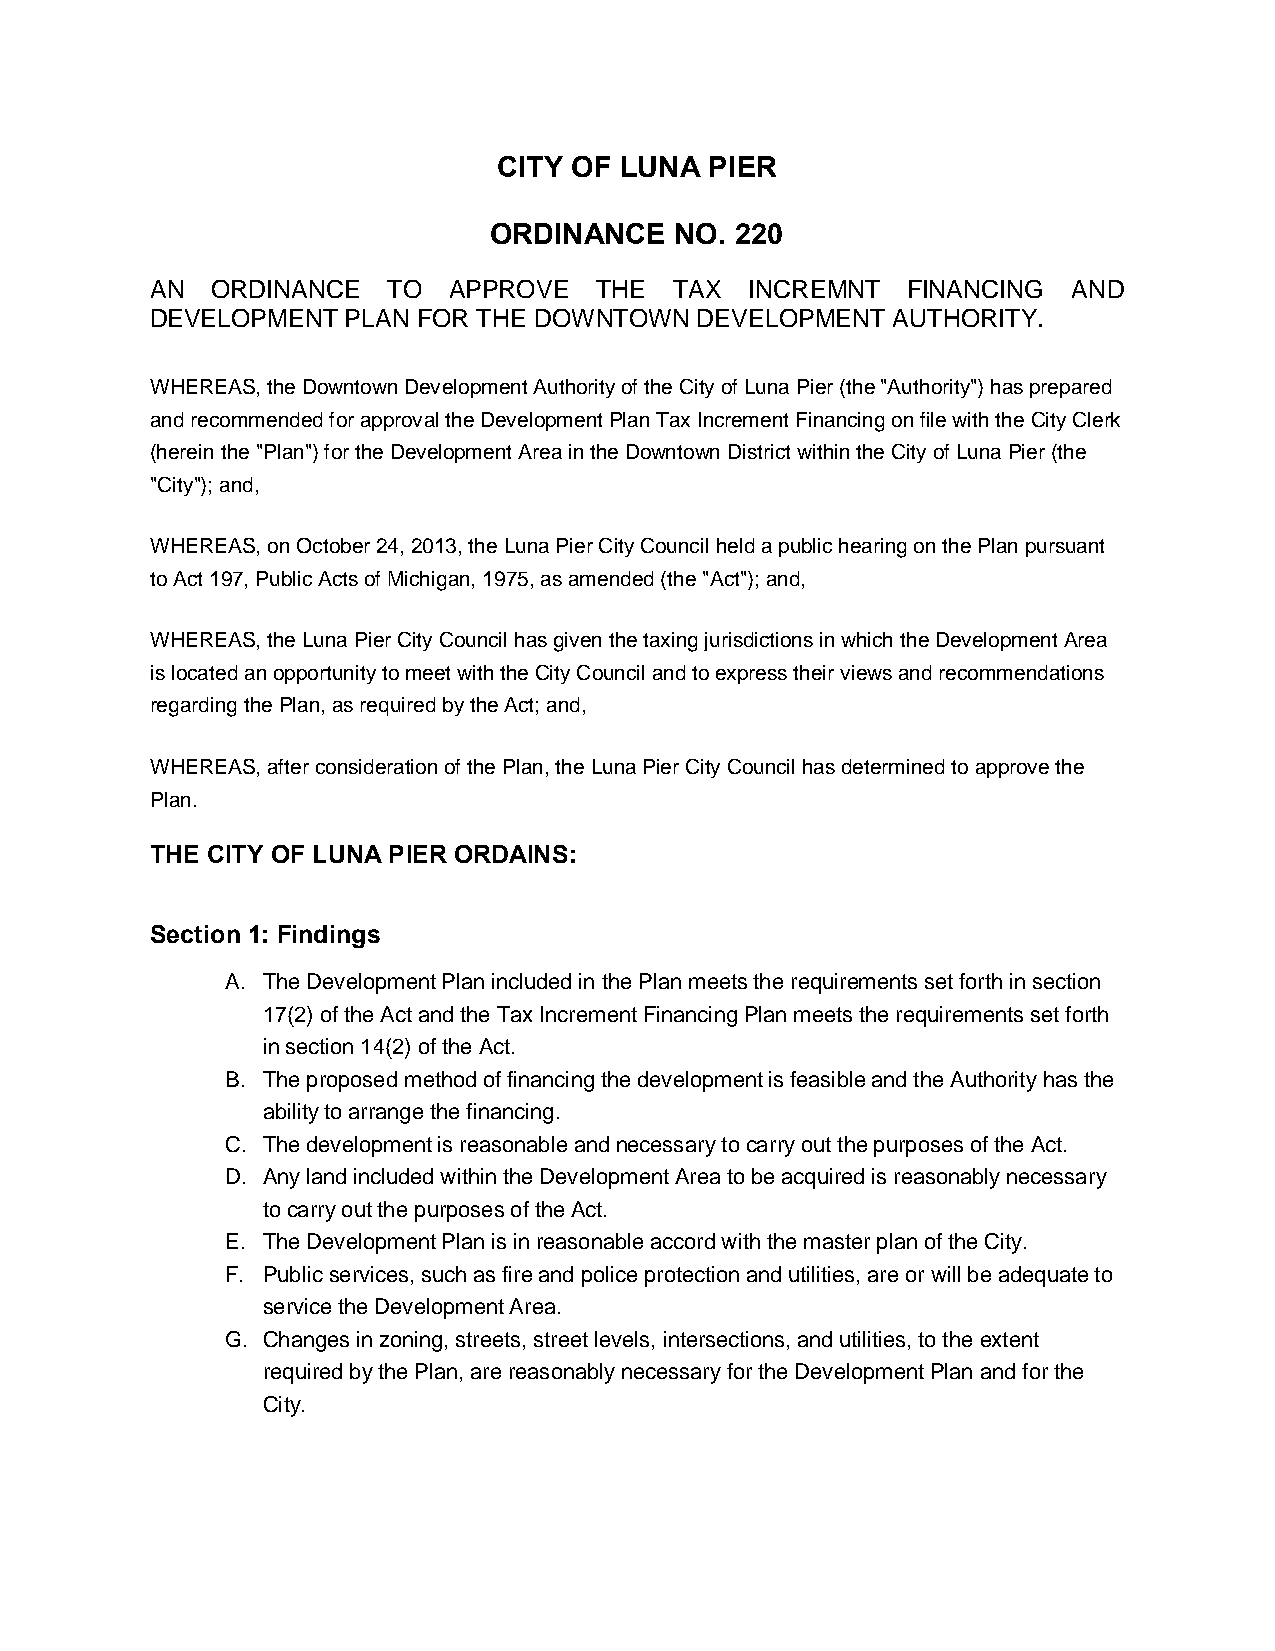
CITY OF LUNA  PIER
 ORDINANCE    NO. 220
 AN  ORDINANCE   TO  APPROVE  THE   TAX  INCREMNT  FINANCING  AND
 DEVELOPMENT  PLAN FOR THE DOWNTOWN  DEVELOPMENT  AUTHORITY.
 WHEREAS, the Downtown Development Authority of the City of Luna Pier (the "Authority") has prepared
 and recommended for approval the Development Plan Tax Increment Financing on file with the City Clerk
 (herein the "Plan") for the Development Area in the Downtown District within the City of Luna Pier (the
 "City"); and,
 WHEREAS, on October 24, 2013, the Luna Pier City Council held a public hearing on the Plan pursuant
 to Act 197, Public Acts of Michigan, 1975, as amended (the "Act"); and,
 WHEREAS, the Luna Pier City Council has given the taxing jurisdictions in which the Development Area
 is located an opportunity to meet with the City Council and to express their views and recommendations
 regarding the Plan, as required by the Act; and,
 WHEREAS, after consideration of the Plan, the Luna Pier City Council has determined to approve the
 Plan.
 THE CITY OF LUNA PIER ORDAINS:
 Section 1: Findings
 A. The Development Plan included in the Plan meets the requirements set forth in section
 17(2) of the Act and the Tax Increment Financing Plan meets the requirements set forth
 in section 14(2) of the Act.
 B. The proposed method of financing the development is feasible and the Authority has the
 ability to arrange the financing.
 C. The development is reasonable and necessary to carry out the purposes of the Act.
 D. Any land included within the Development Area to be acquired is reasonably necessary
 to carry out the purposes of the Act.
 E. The Development Plan is in reasonable accord with the master plan of the City.
 F. Public services, such as fire and police protection and utilities, are or will be adequate to
 service the Development Area.
 G. Changes in zoning, streets, street levels, intersections, and utilities, to the extent
 required by the Plan, are reasonably necessary for the Development Plan and for the
 City.